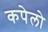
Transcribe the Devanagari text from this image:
कपेलो